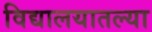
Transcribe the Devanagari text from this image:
विद्यालयातल्या